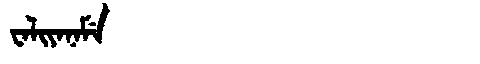
Manchu: ᠸᠠᠯᡳᠶᠠᠨᠠᠮᡝ
Romanization: WALIYANAME